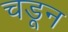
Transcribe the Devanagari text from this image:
चडून